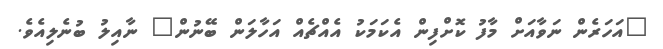
"އަހަރެން ނަވާއަށް މާފު ކޮށްފިން އެކަމަކު އެއްޗެއް އަހާލަން ބޭނުން" ނާއިލު ބުނެލިއެވެ.